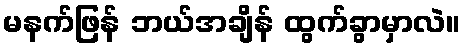
မနက်ဖြန် ဘယ်အချိန် ထွက်ခွာမှာလဲ။